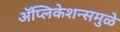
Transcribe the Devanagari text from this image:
अॅप्लिकेशन्समुळे